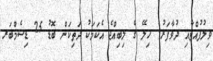
ވިލުފުއްޓާއި ދުވާފަރު: ހިލޭ ގެ ލިބިއްޖެ އެކަމަކު ދަތިކަން ބޮޑު 25 ޑިސެމްބަރ